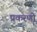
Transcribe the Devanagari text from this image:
प्रकरणो